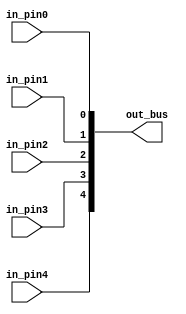
//
// Copyright (c) 2015 University of Cambridge All rights reserved.
//
// This software was developed by
// Stanford University and the University of Cambridge Computer Laboratory
// under National Science Foundation under Grant No. CNS-0855268,
// the University of Cambridge Computer Laboratory under EPSRC INTERNET Project EP/H040536/1 and
// by the University of Cambridge Computer Laboratory under DARPA/AFRL contract FA8750-11-C-0249 ("MRC2"), 
// as part of the DARPA MRC research programme.
//
// @NETFPGA_LICENSE_HEADER_START@
//
// Licensed to NetFPGA C.I.C. (NetFPGA) under one or more
// contributor license agreements.  See the NOTICE file distributed with this
// work for additional information regarding copyright ownership.  NetFPGA
// licenses this file to you under the NetFPGA Hardware-Software License,
// Version 1.0 (the "License"); you may not use this file except in compliance
// with the License.  You may obtain a copy of the License at:
//
//   http://www.netfpga-cic.org
//
// Unless required by applicable law or agreed to in writing, Work distributed
// under the License is distributed on an "AS IS" BASIS, WITHOUT WARRANTIES OR
// CONDITIONS OF ANY KIND, either express or implied.  See the License for the
// specific language governing permissions and limitations under the License.
//
// @NETFPGA_LICENSE_HEADER_END@


`timescale 1ns/1ps

module barrier_gluelogic
(
   input wire                                  in_pin4,
   input wire                                  in_pin3,
   input wire                                  in_pin2,
   input wire                                  in_pin1,
   input wire                                  in_pin0,

   output wire  [4:0]                          out_bus
);

assign out_bus = {in_pin4, in_pin3, in_pin2, in_pin1, in_pin0};

endmodule